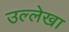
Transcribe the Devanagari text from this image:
उल्लेखा